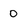
Character: 0